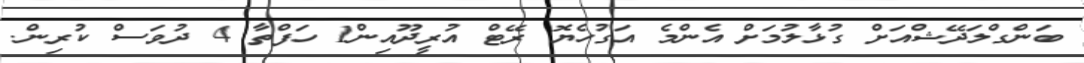
ބަންގްލަދޭޝްއަށް ގުޅާލުމަށް އެންމެ އަގުހެޔޮ ރޭޓް އުރީދޫއިން1 ހަފްތާ 4 ދުވަސް ކުރިން.